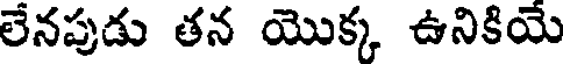
లేనపుడు తన యొక్క ఉనికియె